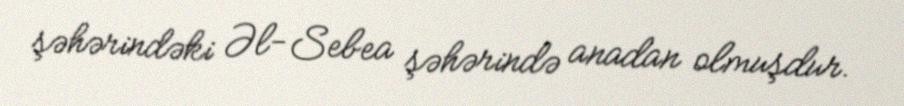
şəhərindəki Əl-Sebea şəhərində anadan olmuşdur.